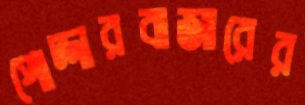
পোদ্দারবাজারের